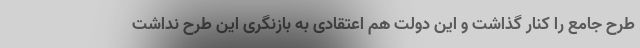
طرح جامع را کنار گذاشت و این دولت هم اعتقادی به بازنگری این طرح نداشت